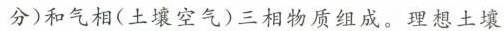
分)和气相(土壤空气)三相物质组成。理想土壤